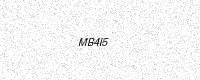
Text: MB4I5